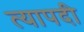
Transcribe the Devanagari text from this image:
त्यापदी